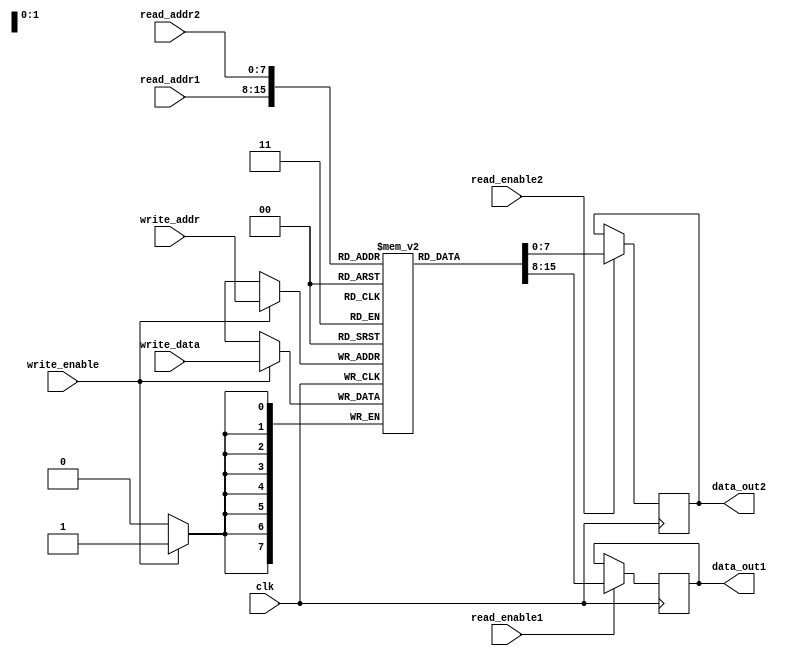
module register_file(
    input clk,
    input [7:0] read_addr1,
    input [7:0] read_addr2,
    input [7:0] write_addr,
    input [7:0] write_data,
    input read_enable1,
    input read_enable2,
    input write_enable,
    output reg [7:0] data_out1,
    output reg [7:0] data_out2
);

reg [7:0] memory [0:255];

always @(posedge clk) begin
    if (read_enable1)
        data_out1 <= memory[read_addr1];
    if (read_enable2)
        data_out2 <= memory[read_addr2];
    if (write_enable)
        memory[write_addr] <= write_data;
end

endmodule